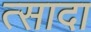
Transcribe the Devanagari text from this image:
त्सादा